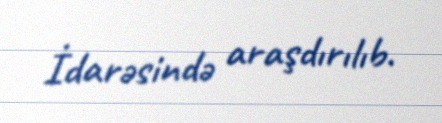
İdarəsində araşdırılıb.